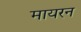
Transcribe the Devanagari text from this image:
मायरन